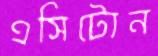
এসিটোন